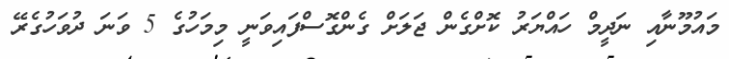
މައުމޫނާއި ނަދީމް ހައްޔަރު ކޮށްގެން ޖަލަށް ގެންގޮސްފައިވަނީ މިމަހުގެ 5 ވަނަ ދުވަހުގެރޭ